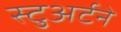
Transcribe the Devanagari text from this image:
स्टुअर्टने